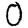
Digit: 0